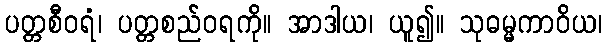
ပတ္တစီဝရံ၊ ပတ္တစည်ဝရကို။ အာဒါယ၊ ယူ၍။ သုဓမ္မကာဝိယ၊